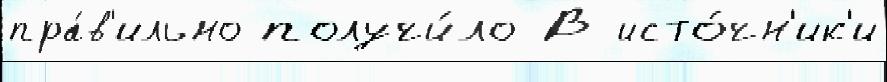
пра́в'ильно получи́ло В исто́чн'ик'и